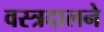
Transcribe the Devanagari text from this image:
वस्त्रदालने